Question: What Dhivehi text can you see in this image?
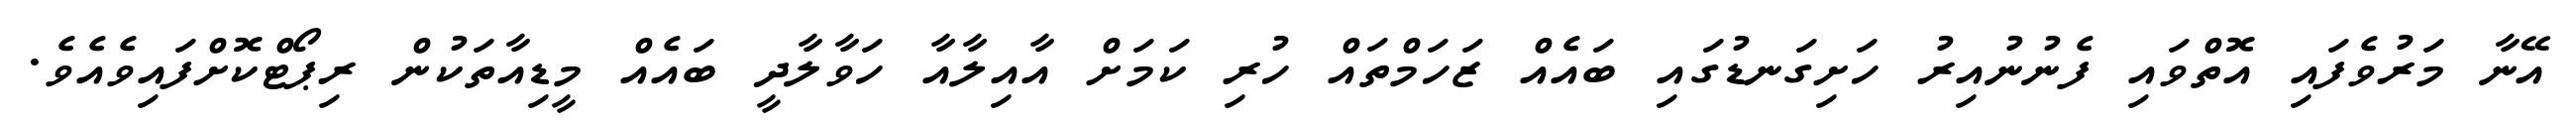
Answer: އޭނާ މަރުވެފައި އޮތްވައި ފެނުނުއިރު ހަށިގަނޑުގައި ބައެއް ޒަހަމްތައް ހުރި ކަމަށް އާއިލާއާ ހަވާލާދީ ބައެއް މީޑިއާތަކުން ރިޕޯޓްކޮށްފައިވެއެވެ.